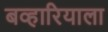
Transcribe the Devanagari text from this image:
बव्हारियाला